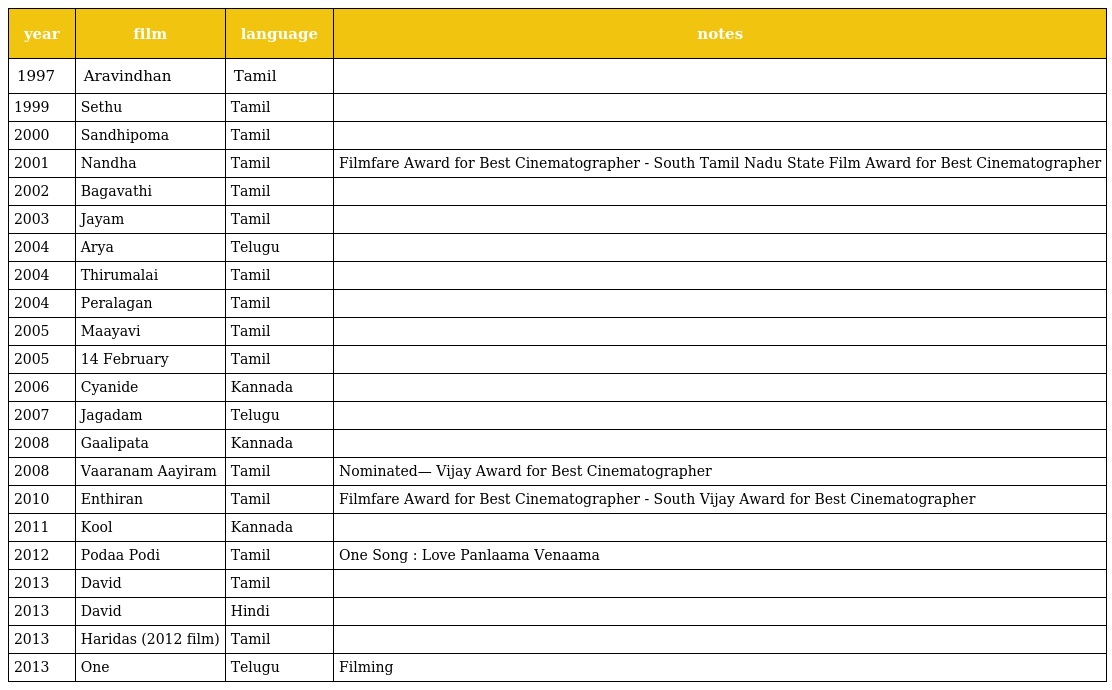
| year | film | language | notes |
 | --- | --- | --- | --- |
 | 1997 | Aravindhan | Tamil |  |
 | 1999 | Sethu | Tamil |  |
 | 2000 | Sandhipoma | Tamil |  |
 | 2001 | Nandha | Tamil | Filmfare Award for Best Cinematographer - South Tamil Nadu State Film Award for Best Cinematographer |
 | 2002 | Bagavathi | Tamil |  |
 | 2003 | Jayam | Tamil |  |
 | 2004 | Arya | Telugu |  |
 | 2004 | Thirumalai | Tamil |  |
 | 2004 | Peralagan | Tamil |  |
 | 2005 | Maayavi | Tamil |  |
 | 2005 | 14 February | Tamil |  |
 | 2006 | Cyanide | Kannada |  |
 | 2007 | Jagadam | Telugu |  |
 | 2008 | Gaalipata | Kannada |  |
 | 2008 | Vaaranam Aayiram | Tamil | Nominated— Vijay Award for Best Cinematographer |
 | 2010 | Enthiran | Tamil | Filmfare Award for Best Cinematographer - South Vijay Award for Best Cinematographer |
 | 2011 | Kool | Kannada |  |
 | 2012 | Podaa Podi | Tamil | One Song : Love Panlaama Venaama |
 | 2013 | David | Tamil |  |
 | 2013 | David | Hindi |  |
 | 2013 | Haridas (2012 film) | Tamil |  |
 | 2013 | One | Telugu | Filming |